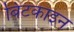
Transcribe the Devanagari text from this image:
बिटकाइन